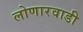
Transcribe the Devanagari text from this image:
लोणारवाडी